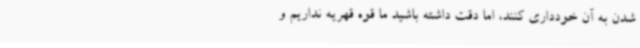
شدن به آن خودداری کنند، اما دقت داشته باشید ما قوه قهریه نداریم و